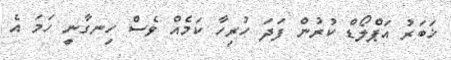
ޚަބަރު އަޕްލޯޑް ކުރުން ފަދަ ހުރިހާ ކަމެއް ވެސް ހިނގާނީ ހަމަ އެ